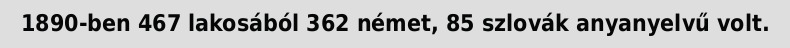
1890-ben 467 lakosából 362 német, 85 szlovák anyanyelvű volt.